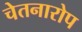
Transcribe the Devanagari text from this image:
चेतनारोप